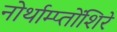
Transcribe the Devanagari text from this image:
नोर्थाम्प्तोंशिरे